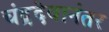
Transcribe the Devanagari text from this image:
चंद्रदेवानंतर